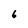
Character: 6